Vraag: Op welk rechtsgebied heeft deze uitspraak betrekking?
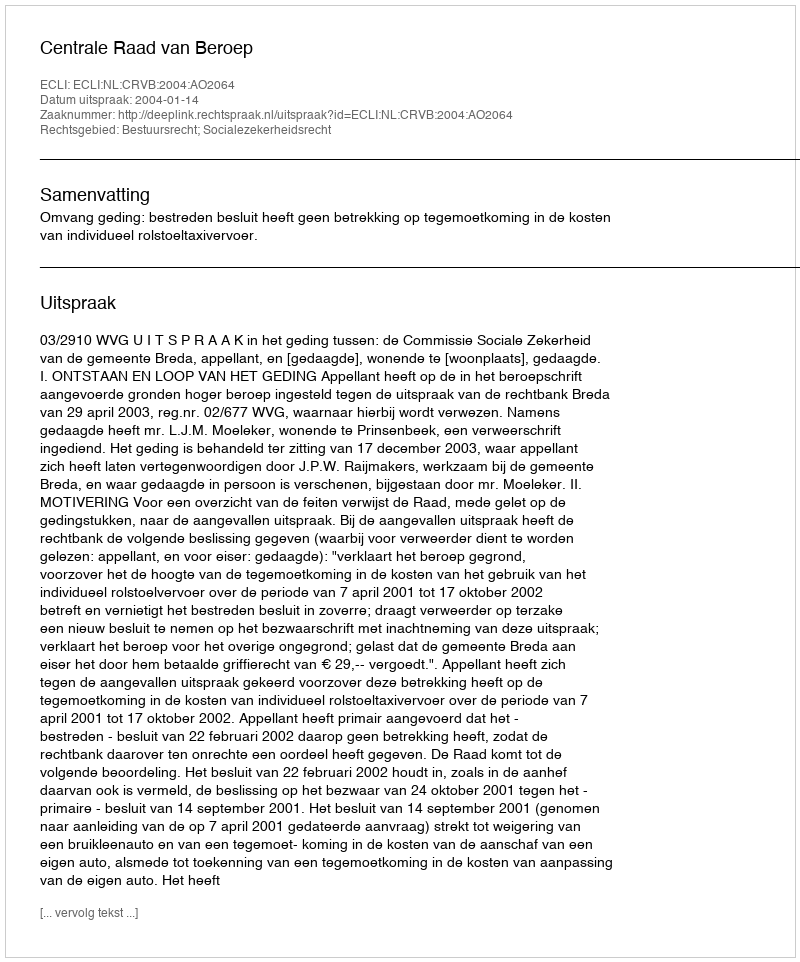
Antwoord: Bestuursrecht; Socialezekerheidsrecht